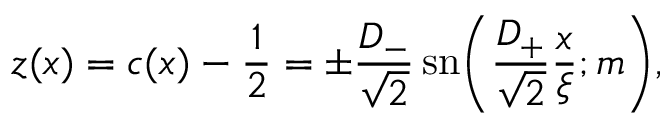
\begin{array} { l } { \displaystyle { z ( x ) = c ( x ) - \frac { 1 } { 2 } = \pm \frac { D _ { - } } { \sqrt { 2 } } \, \mathrm { s n } \bigg ( \frac { D _ { + } } { \sqrt { 2 } } \frac { x } { \xi } ; m \bigg ) , } } \end{array}